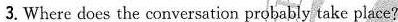
3. Where does the conversation probably take place?